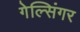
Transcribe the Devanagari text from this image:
गेल्सिंगर